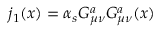
j _ { 1 } ( x ) = \alpha _ { s } G _ { \mu \nu } ^ { a } G _ { \mu \nu } ^ { a } ( x )